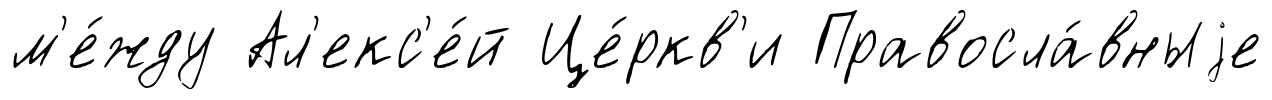
м'е́жду Ал'екс'е́й Це́ркв'и Правосла́вныjе